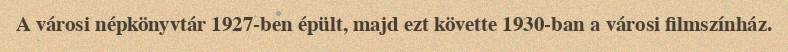
A városi népkönyvtár 1927-ben épült, majd ezt követte 1930-ban a városi filmszínház.